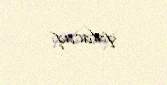
qalacaq.